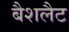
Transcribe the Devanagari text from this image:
बैशलैट